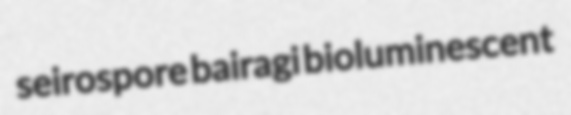
seirospore bairagi bioluminescent